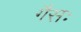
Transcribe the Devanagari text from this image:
गैसः